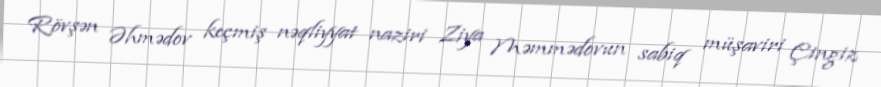
Rövşən Əhmədov keçmiş nəqliyyat naziri Ziya Məmmədovun sabiq müşaviri Çingiz